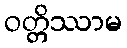
ဝတ္တိဿာမ